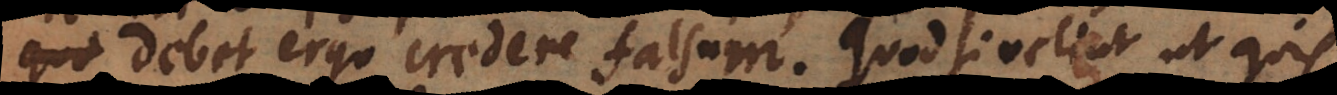
; debet ergo credere falsum. Quod si velint ut quis